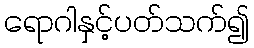
ရောဂါနှင့်ပတ်သက်၍